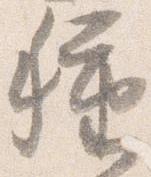
種